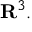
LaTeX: \mathbf { R } ^ { 3 } .